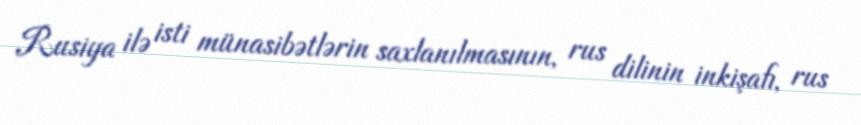
Rusiya ilə isti münasibətlərin saxlanılmasının, rus dilinin inkişafı, rus